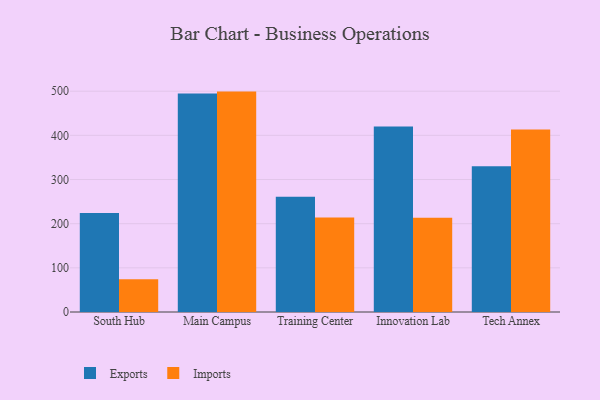
{"axis": {"x": "Campus", "y": "Customer Acquisition Cost (USD)"}, "legend": ["Exports", "Imports"], "data": [{"x": "South Hub", "y": 224.3, "type": "Exports"}, {"x": "South Hub", "y": 74.2, "type": "Imports"}, {"x": "Main Campus", "y": 494.9, "type": "Exports"}, {"x": "Main Campus", "y": 499.1, "type": "Imports"}, {"x": "Training Center", "y": 261.1, "type": "Exports"}, {"x": "Training Center", "y": 214.2, "type": "Imports"}, {"x": "Innovation Lab", "y": 419.9, "type": "Exports"}, {"x": "Innovation Lab", "y": 213.4, "type": "Imports"}, {"x": "Tech Annex", "y": 330.0, "type": "Exports"}, {"x": "Tech Annex", "y": 413.3, "type": "Imports"}]}